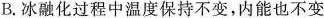
B.冰融化过程中温度保持不变，内能也不变